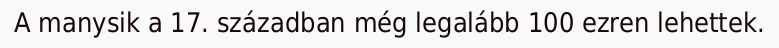
A manysik a 17. században még legalább 100 ezren lehettek.